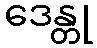
ဒေန္တု